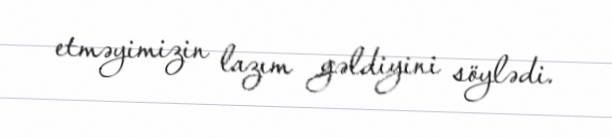
etməyimizin lazım gəldiyini söylədi.